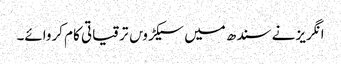
انگریز نے سندھ میں سیکڑو‍ں ترقیاتی کام کروائے۔